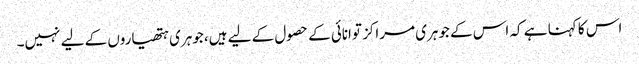
اس کا کہنا ہے کہ اس کے جوہری مراکز توانائی کے حصول کے لیے ہیں، جوہری ہتھیاروں کے لیے نہیں۔